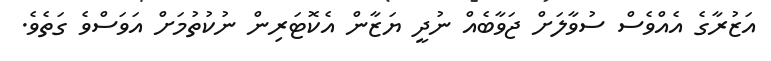
އަޒުރާގެ އެއްވެސް ސުވާލަށް ޖަވާބެއް ނުދީ ޔަޒާން އެކޮޓަރިން ނުކުތުމަށް އަވަސްވެ ގަތެވެ.